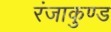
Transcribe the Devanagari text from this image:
रंजाकुण्ड